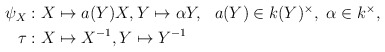
\begin{align*}\begin{aligned}\psi_X&:X \mapsto a(Y)X, Y \mapsto \alpha Y, & a(Y) \in k(Y)^{\times}, \ \alpha \in k^{\times}, \\\tau&: X \mapsto X^{-1}, Y \mapsto Y^{-1} &\end{aligned}\end{align*}